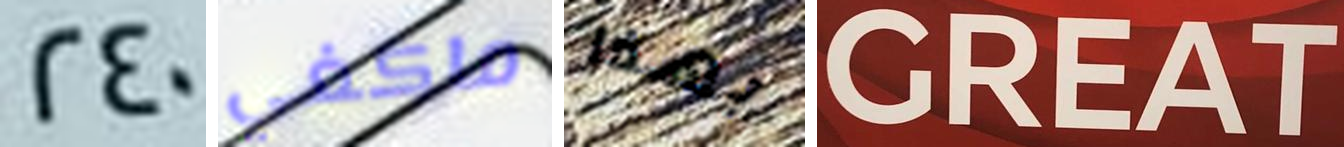
240 ماكغي بهذا GREAT